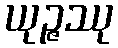
ယုဉ္ဇဿု